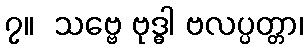
၇။  သဗ္ဗေ ဗုဒ္ဓါ ဗလပ္ပတ္တာ၊